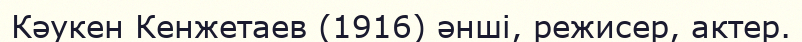
Кәукен Кенжетаев (1916) әнші, режисер, актер.